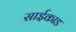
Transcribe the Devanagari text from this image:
साईकाड